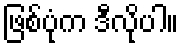
ဖြစ်ပုံက ဒီလိုပါ။